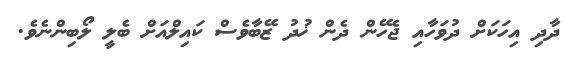
ދާދި އިހަކަށް ދުވަހާއި ޖެހޭން ދެން ޚުދު ޒޭބާވެސް ކައިލްއަށް ބެލީ ލޯބިންނެވެ.